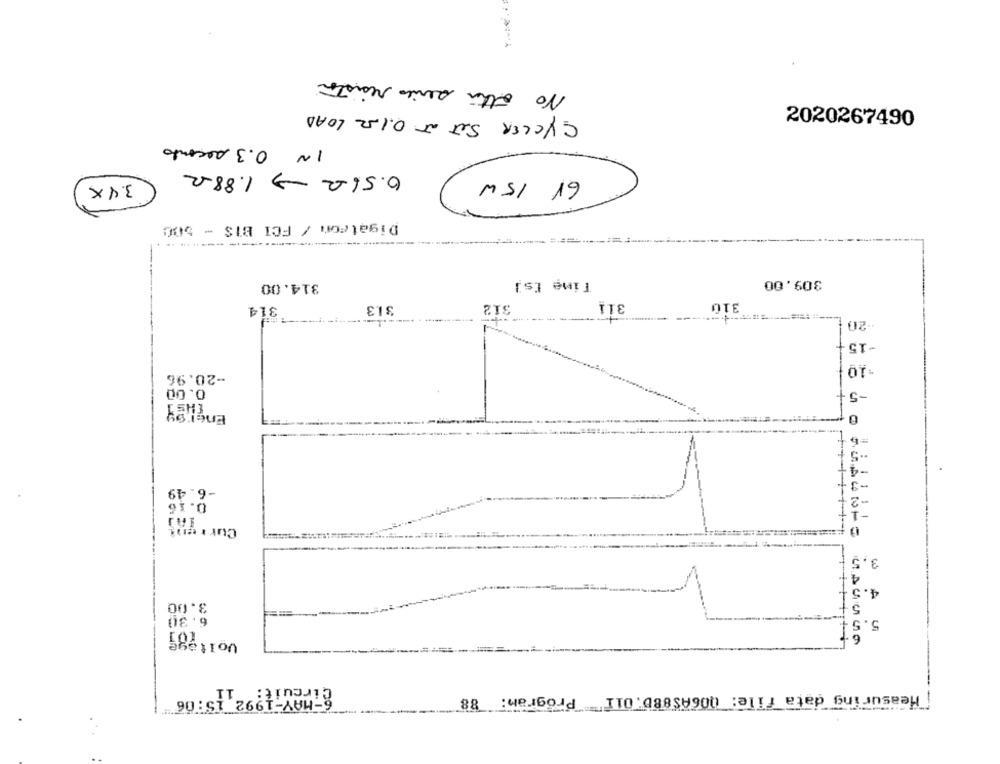
No other series resistor
CYCLER SET at 0.12 LOAD
2020267490
IN 0.3 Acconto
0.562 7 1.88-2
6V 15W
3.4X
Digatron / FCI BIS - 500
314.00
Time [s]
309.00
31.3
312
311
310
314
-20
-15
-10
-20.96
0.00
-6.49
0.16
Current
3.5
4.
3.00
6.30
5.
Voltege
Circuit: "11"
6-MAY-1992 15:06
Measuring data file: 006AS88b.011 Program: 88